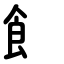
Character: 飠